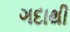
ગદાથી